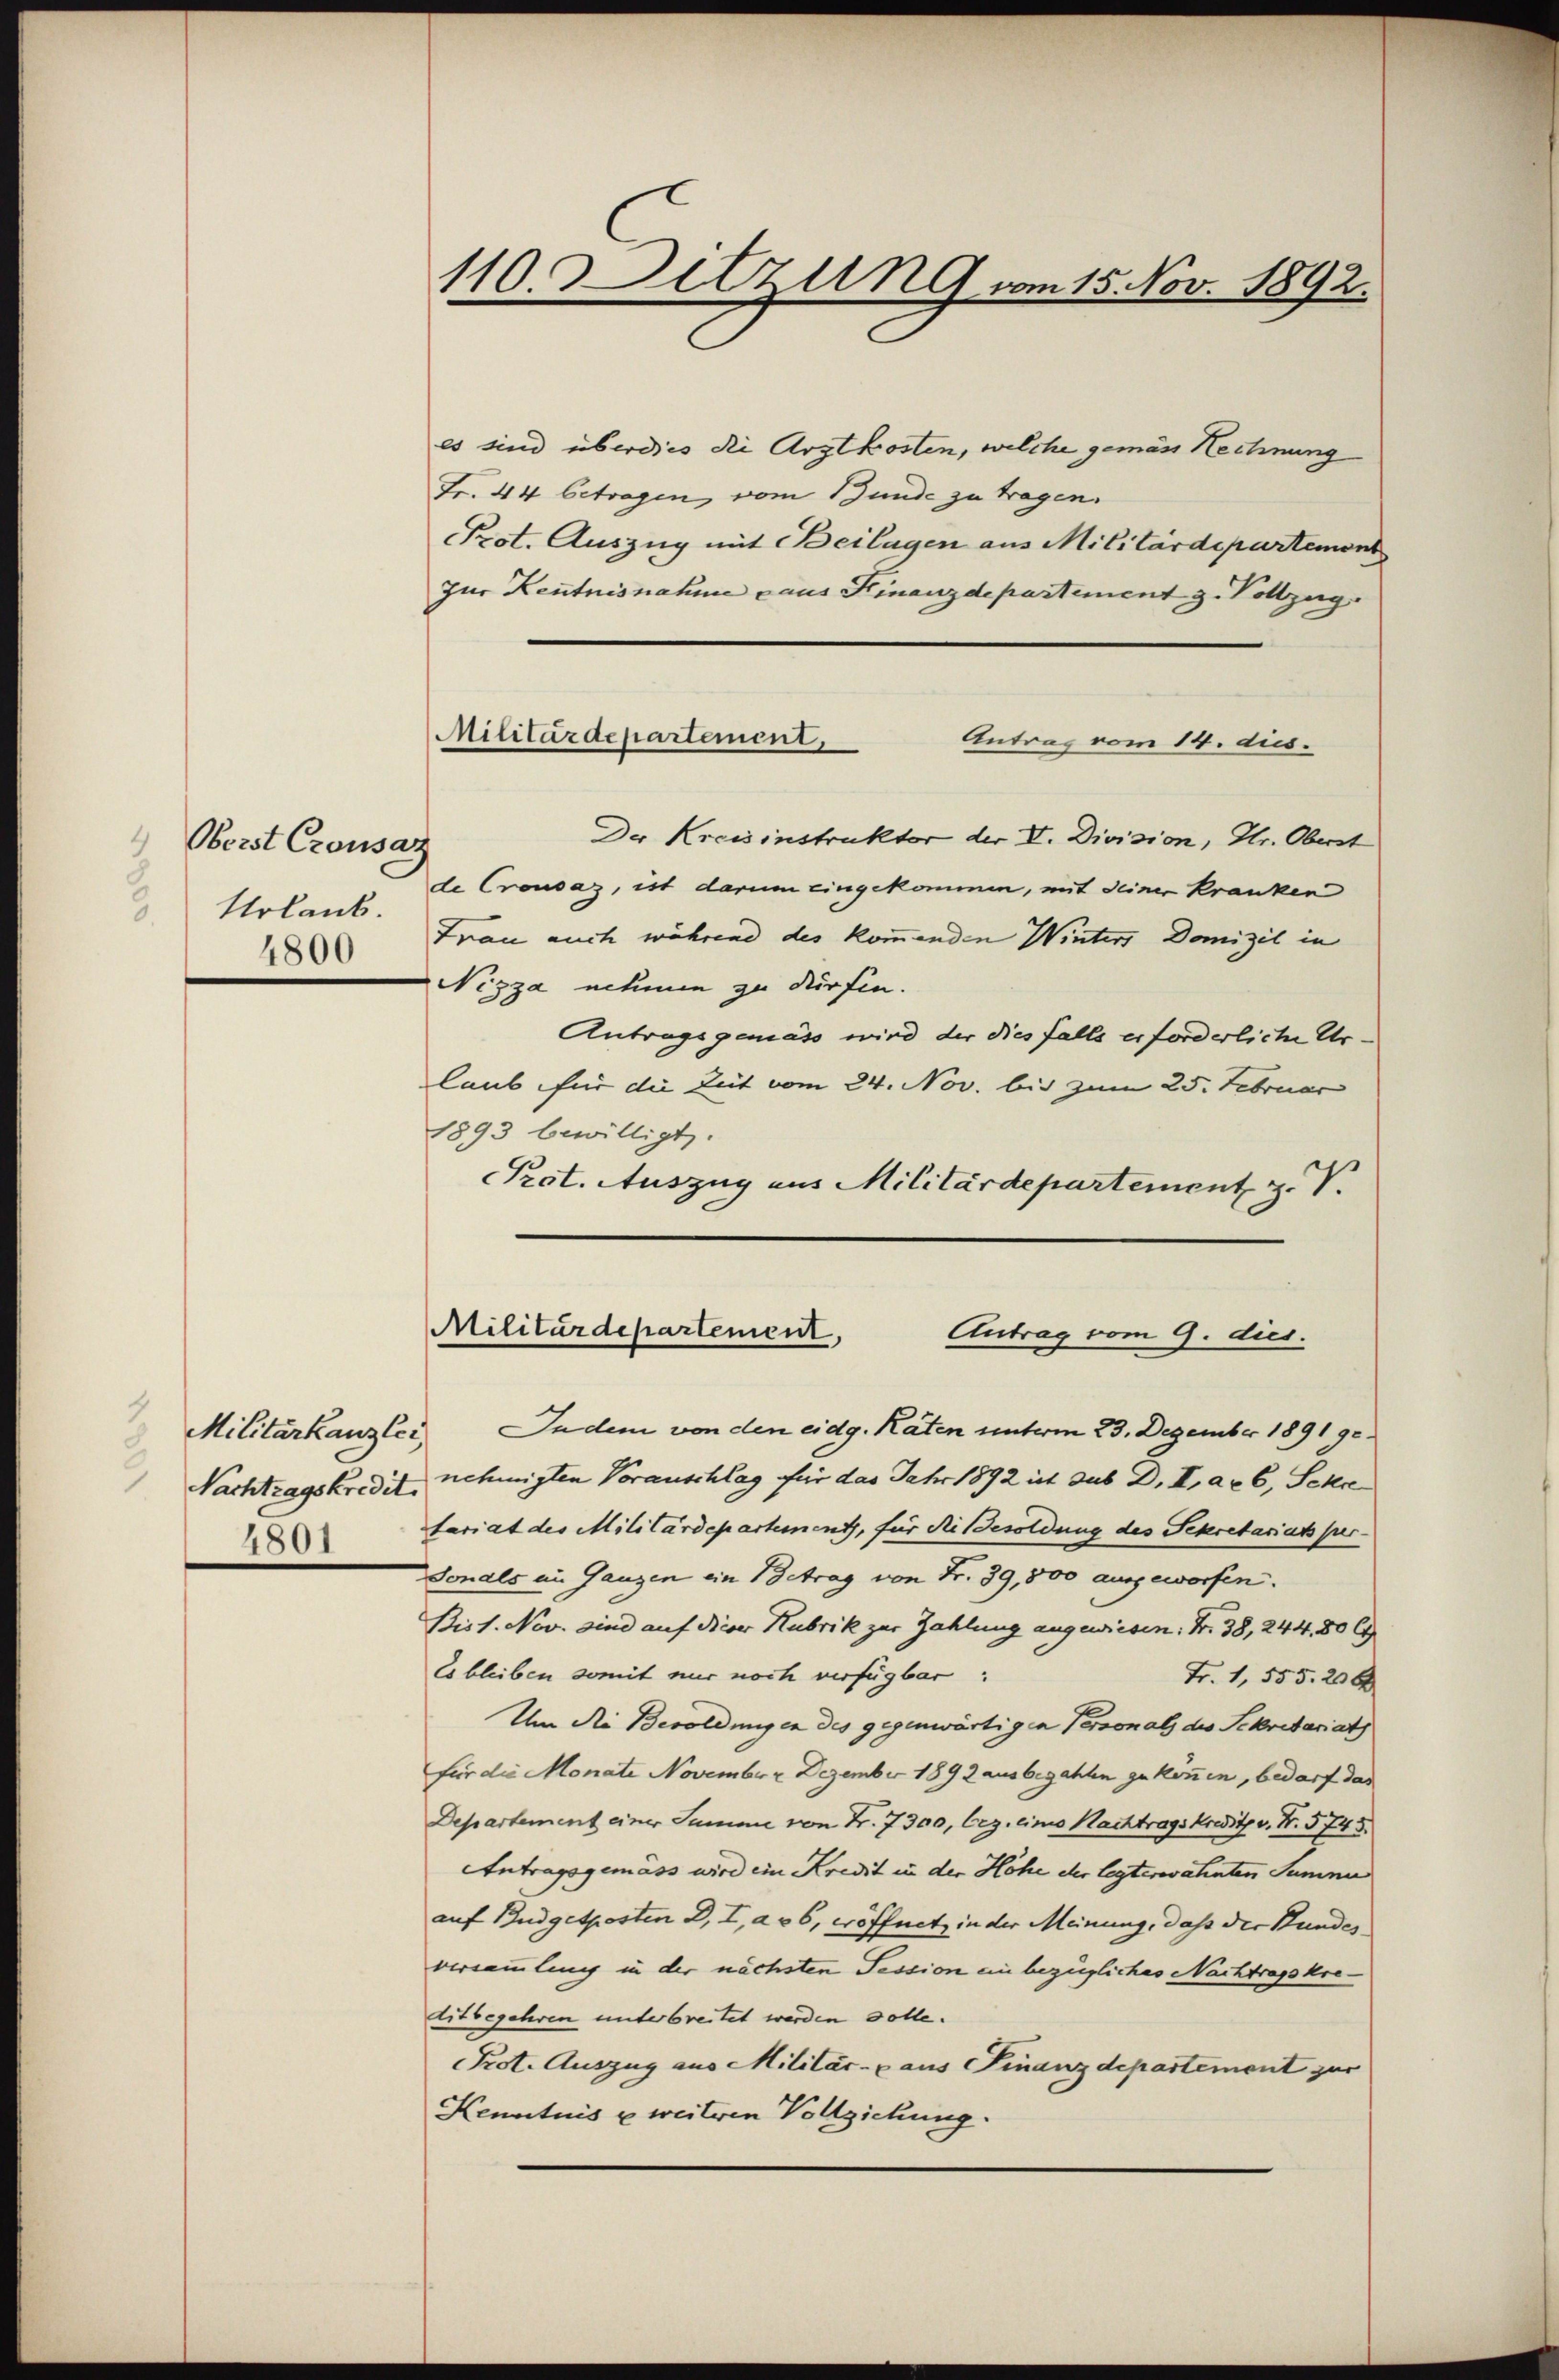
Oberst Crousaz
Nolant.
.
4800

Militärkanzlei
Nachtragskredit.

110. Ditzung vom 15. Nov. 1892.

es sind überdies die Arztkosten, welche gemäss Rechnung
Fr. 44 betragen, vom Bunde zu tragen.
Prot. Auszug mit Beilagen aus Militärdepartemont
Zur Kentnisnahme aus Finanzdepartement z. Vollzug.
Antrag vom 14. dies
Der Kreisinstruktor der V. Division, Hr. Oberst
de Crousaz, ist darum eingekommen, mit deiner kranken
Frau auch während des kommenden Winters Domizil in
Nizza nehmen zu dürfen.
Antragsgemäss wird der dies falls erforderliche Urlaub für die Zeit vom 24. Nov. bis zum 25. Februar
1893 bewilligt.
Prot. Auszug aus Militärdepartement z. V.

Militärdepartement,

Militärdepartement,
Antrag vom 9. dies.

Indem von den eidg. Räten unterm 23. Dezember 1891 90.
nehmigten Vorauschlag für das Jahr 1892 ist dus D. I. arb, Schre
tariat des Militärdepartement, für die Besoldung des Sekretariats per-
sonals im Ganzen ein Betrag von Fr. 39,800 ausgeworfen.
Bis 1. Nov. sind auf dieser Hubrik zur Zahlung angewiesen. Nr. 38, 244, 80 C
Es bleiben somit nur noch verfügbar:
Fr. 1, 555. 206
Um die Besoldungen des gegenwärtigen Personals des Sekretariat
für die Monate November Dezember 1892 ausbezahlen geköñen, bedarf das
Departement einer Summe von Fr. 7300, bez. eines Nachtragskreditz v. Fr. 5745
Antragsgemäss wird ein Kredit in der Höhe der legterwähnten Summe
auf Budgetposten D., I, aus, eröffnet, in der Meinung, daß der Stundes
versammling in der nächsten Session ein bezügliches Nachtrapkretitbegehren unterbreitet werden volle.
Prot. Auszug aus Militär- u aus Finanzdepartement zur
Kenntnis u weiteren Vollziehung.